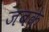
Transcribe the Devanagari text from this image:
जबके